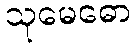
သုမေဓော